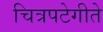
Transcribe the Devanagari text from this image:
चित्रपटेगीते